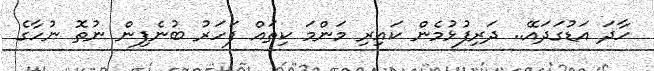
ހާދަ އަޑުގަދައޭ.. ދަރިފުޅުމެން ކައިރި މަންމަ ކިތައް ފަހަރު ބުނެފިން ނުތޮ ނުހާގެ